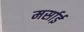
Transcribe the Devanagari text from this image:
मर्साई